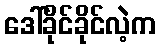
ဒေါ်ခိုင်ခိုင်လဲ့က